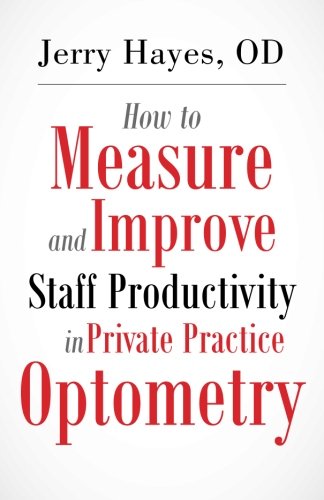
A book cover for How to Measure and Improve Staff Productivity in Private Practice Optometry; Jerry Hayes; Medical Books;